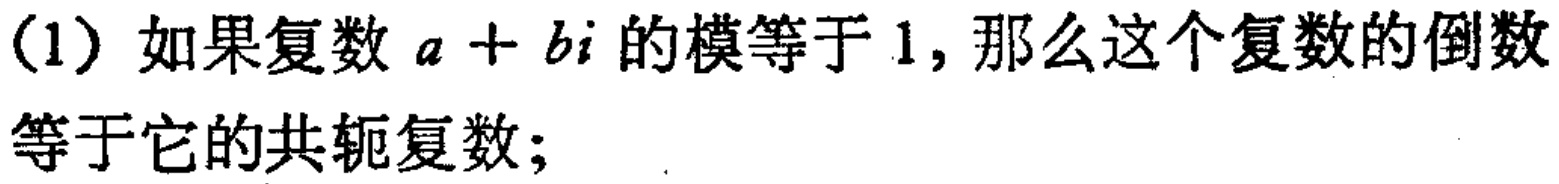
(1) 如果复数\(a + bi\)的模等于\(1\)，那么这个复数的倒数等于它的共轭复数；